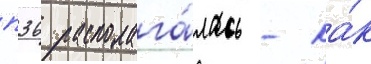
п36 располага́лась - ка́к